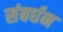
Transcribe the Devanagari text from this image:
संबर्घन